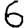
Digit: 6